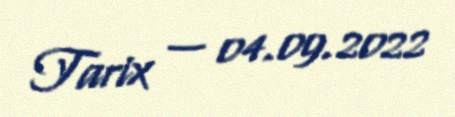
Tarix — 04.09.2022